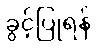
ခွင့်ပြုရန်